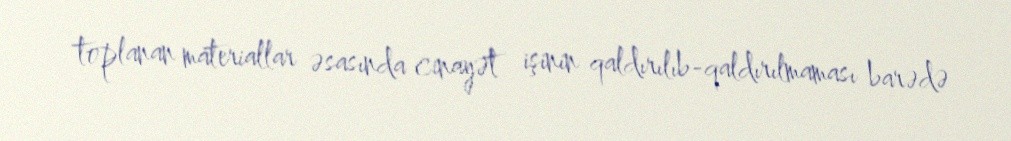
toplanan materiallar əsasında cinayət işinin qaldırılıb-qaldırılmaması barədə